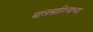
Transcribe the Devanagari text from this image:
बालसाहित्याच्या